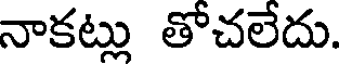
నాకట్లు తోచలేదు.